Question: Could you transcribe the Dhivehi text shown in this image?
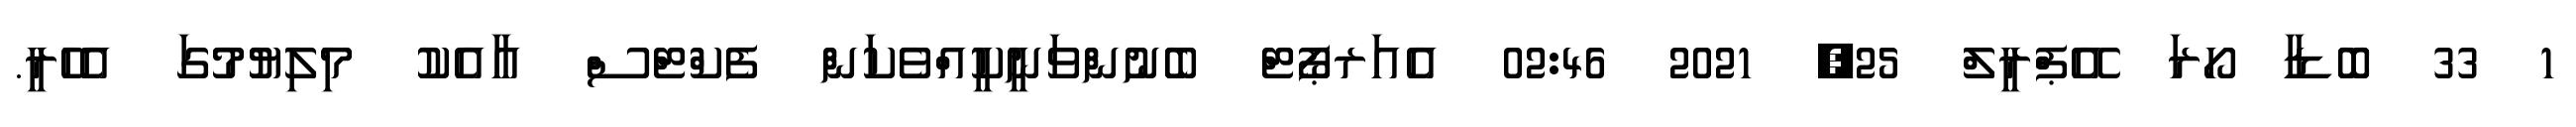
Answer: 1 33 ބޮޑާ ހޯރަ އޭޕްރީލް 25, 2021 02:46 އެއަރޕޯޓް ބެނުންވަނީކީއްވެކަން ފެކްޓްސް އާއެކު މިލިޔުމުގަ އެހެރީ.